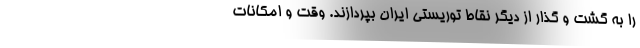
را به گشت و گذار از دیگر نقاط توریستی ایران بپردازند. وقت و امکانات